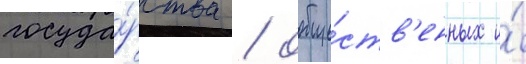
госуда́рства / обще́ств'енных и́